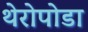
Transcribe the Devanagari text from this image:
थेरोपोडा